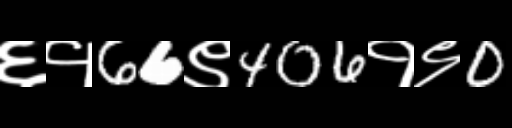
Text: ६१66९406१९0